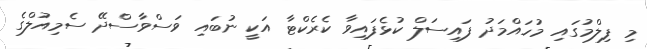
މި ފިލްމުގައި މުހައްމަދު ފައިސަލް ކުޅެފައިވާ ކެރެކްޓާ އަކީ ނުބައި ވަސްވާސްދޭ ސެމިއުލްގެ